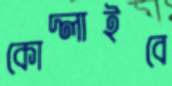
কোদ্‌লাইবে